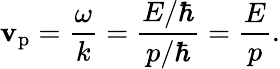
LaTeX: \mathbf{v}_{\mathrm{{p}}}={\frac{{\omega}}{{k}}}={\frac{{E/\hbar}}{{p/\hbar}}}={\frac{{E}}{{p}}}.